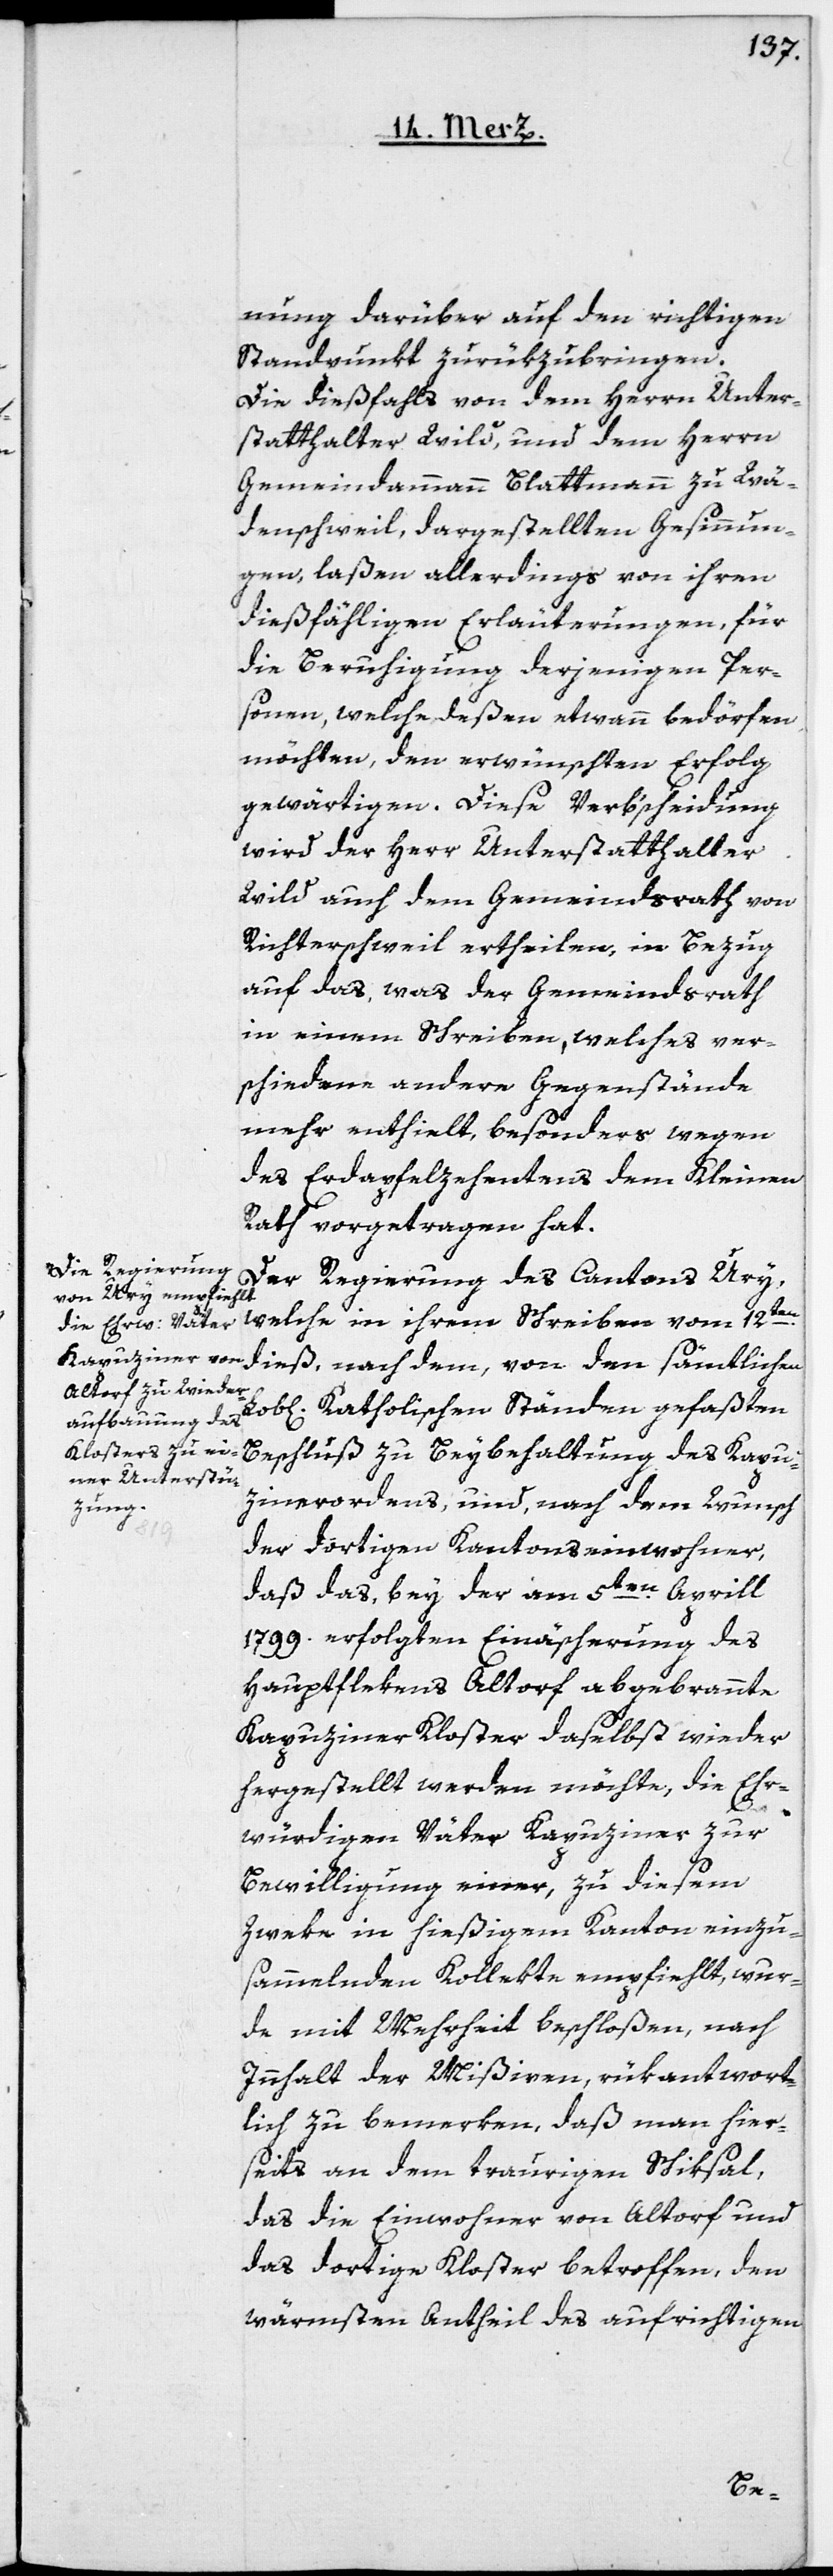
nung darüber auf den richtigen
Standpunkt zurükzubringen.
Die dießfalls von dem Herrn Unter¬
statthalter Wild, und dem Herrn
Gemeindammann Blattmann zu Wä¬
denschweil, dargestellten Gesinnun¬
gen laßen allerdings von ihren
dießfälligen Erläuterungen, für
die Beruhigung derjenigen Per¬
sonen, welche deßen etwann bedörfen
möchten, den erwünschten Erfolg
gewärtigen. Diese Verb’scheidung
wird der Herr Unterstatthalter
Wild auch dem Gemeindsrath von
Richterschweil ertheilen, in Bezug
auf das, was der Gemeindsrath
in einem Schreiben, welches ver¬
schiedene andere Gegenstände
mehr enthielt, besonders wegen
des Erdapfelzehentens dem Kleinen
Rath vorgetragen hat.
Der Regierung des Cantons Ury,
welche in ihrem Schreiben vom 12ten
dieß, nach dem, von den sämtlichen
Katholischen Ständen gefaßten
Beschluß zu Beybehaltung des Kapu¬
zinerordens, und, nach dem Wunsch
der dortigen Kantonseinwohner,
daß das, bey der am 5ten April
1799. erfolgten Einäscherung des
Hauptflekens Altdorf abgebrannte
Kapuziner Kloster daselbst wieder
hergestellt werden möchte, die Ehr¬
würdigen Väter Kapuziner zur
Bewilligung einer, zu diesem
Zweke in hießigem Canton einzu¬
sammelnden Kollekte empfiehlt, wur¬
de mit Mehrheit beschloßen, nach
Innhalt der Mißiven, rükantwort¬
lich zu bemerken, daß man hier¬
seits an dem traurigen Schiksal,
das die Einwohner von Altdorf und
das dortige Kloster betroffen, den
wärmsten Antheil des aufrichtigen